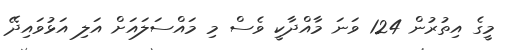
މީގެ އިތުރުން 124 ވަނަ މާއްދާކީ ވެސް މި މައްސަލައަށް އަލި އަޅުވައިދޭ